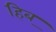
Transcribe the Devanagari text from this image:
हिब्